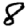
Digit: 8